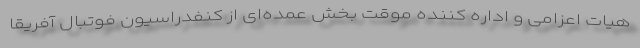
هیات اعزامی و اداره کننده موقت بخش عمده‌ای از کنفدراسیون فوتبال آفریقا